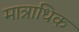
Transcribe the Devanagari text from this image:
मात्राधिक